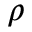
\rho